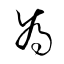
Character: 爲